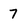
Character: 7